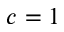
c = 1